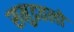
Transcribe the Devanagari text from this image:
समुद्रतलों